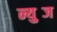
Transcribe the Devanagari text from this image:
न्युब्ज